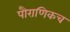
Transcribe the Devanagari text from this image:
पौराणिकच